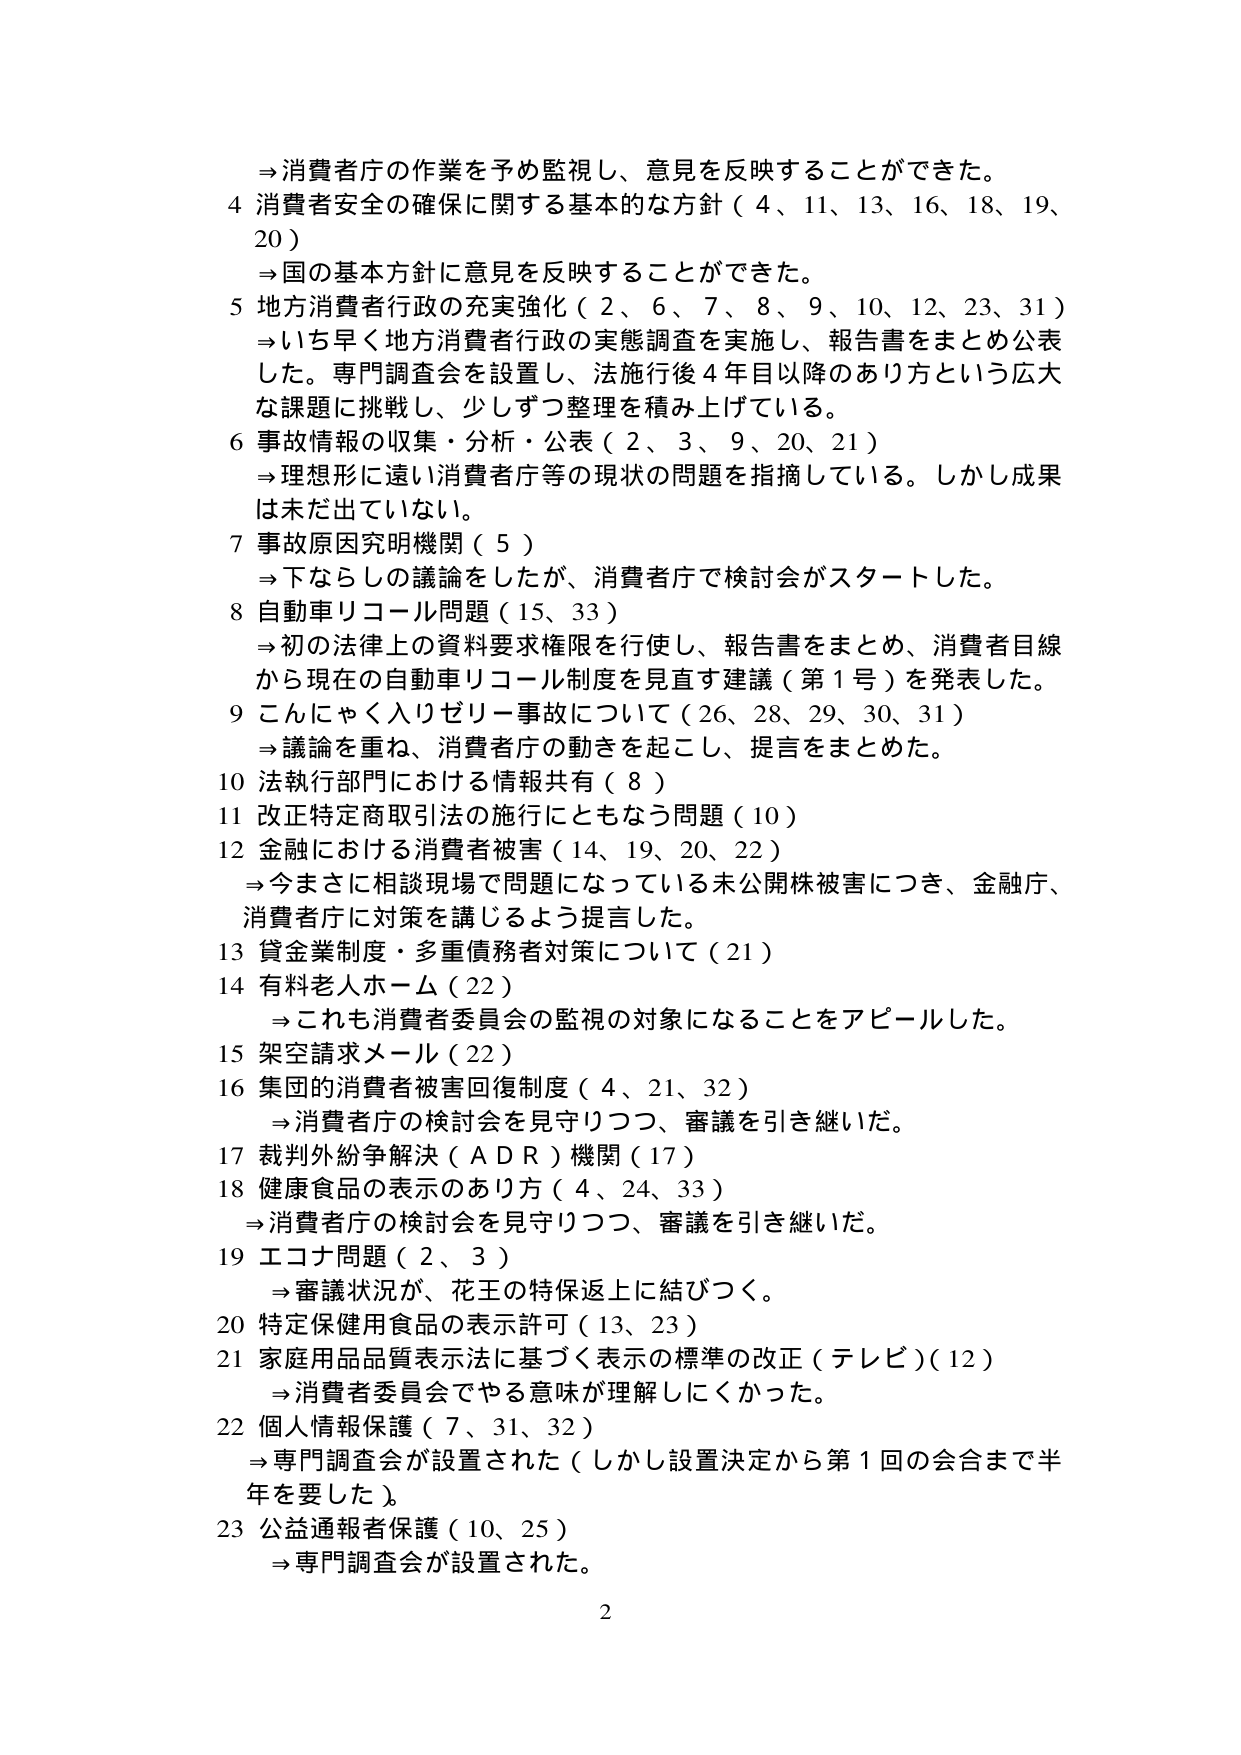
⇒消費者庁の作業を予め監視し、意見を反映することができた。
4 消費者安全の確保に関する基本的な方針（4、11、13、16、18、19、20）
⇒国の基本方針に意見を反映することができた。
5 地方消費者行政の充実強化（2、6、7、8、9、10、12、23、31）
⇒いち早く地方消費者行政の実態調査を実施し、報告書をまとめ公表した。専門調査会を設置し、法施行後4年目以降のあり方という広大な課題に挑戦し、少しずつ整理を積み上げている。
6 事故情報の収集・分析・公表（2、3、9、20、21）
⇒理想形に遠い消費者庁等の現状の問題を指摘している。しかし成果は未だ出ていない。
7 事故原因究明機関（5）
⇒下ならしの議論をしたが、消費者庁で検討会がスタートした。
8 自動車リコール問題（15、33）
⇒初の法律上の資料要求権限を行使し、報告書をまとめ、消費者目線から現在の自動車リコール制度を見直す建議（第1号）を発表した。
9 こんにゃく入りゼリー事故について（26、28、29、30、31）
⇒議論を重ね、消費者庁の動きを起こし、提言をまとめた。
10 法執行部門における情報共有（8）
11 改正特定商取引法の施行にともなう問題（10）
12 金融における消費者被害（14、19、20、22）
⇒今まさに相談現場で問題になっている未公開株被害につき、金融庁、消費者庁に対策を講じるよう提言した。
13 貸金業制度・多重債務者対策について（21）
14 有料老人ホーム（22）
⇒これも消費者委員会の監視の対象になることをアピールした。
15 架空請求メール（22）
16 集団の消費者被害回復制度（4、21、32）
⇒消費者庁の検討会を見守りつつ、審議を引き継いだ。
17 裁判外紛争解決（ADR）機関（17）
18 健康食品の表示のあり方（4、24、33）
⇒消費者庁の検討会を見守りつつ、審議を引き継いだ。
19 エコナ問題（2、3）
⇒審議状況が、花王の特保返上に結びつく。
20 特定保健用食品の表示許可（13、23）
21 家庭用品品質表示法に基づく表示の標準の改正（テレビ）（12）
⇒消費者委員会でやる意味が理解しにくかった。
22 個人情報保護（7、31、32）
⇒専門調査会が設置された（しかし設置決定から第1回の会合まで半年を要した）。
23 公益通報者保護（10、25）
⇒専門調査会が設置された。
2